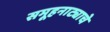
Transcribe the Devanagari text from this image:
समूहनाट्याचे